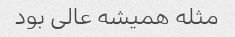
مثله همیشه عالی بود